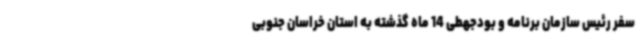
سفر رئیس سازمان برنامه و بودجهطی 14 ماه گذشته به استان خراسان جنوبی